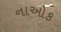
નાઓક